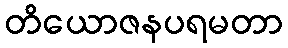
တိယောဇနပရမတာ